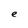
Character: e